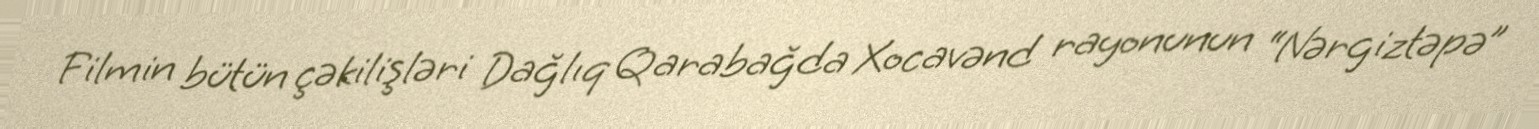
Filmin bütün çəkilişləri Dağlıq Qarabağda Xocavənd rayonunun “Nərgiztəpə”